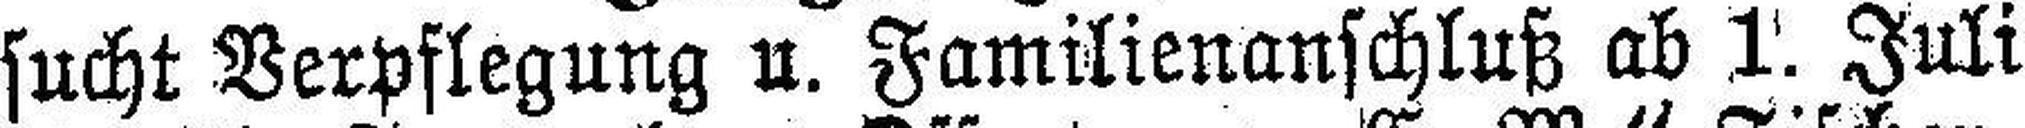
sucht Verpflegung u. Familienanschluß ab 1. Juli